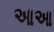
આઆ